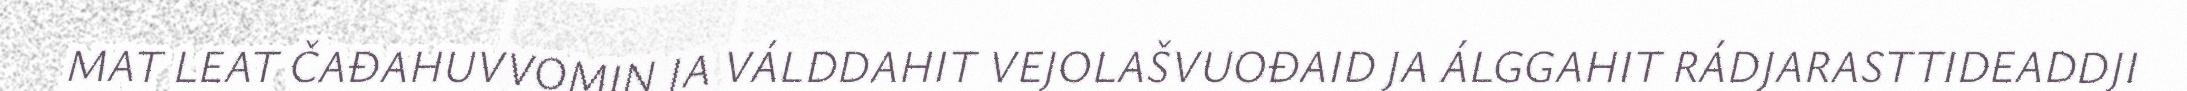
MAT LEAT ČAĐAHUVVOMIN JA VÁLDDAHIT VEJOLAŠVUOĐAID JA ÁLGGAHIT RÁDJARASTTIDEADDJI